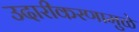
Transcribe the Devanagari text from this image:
उदारीकरणामुळे